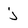
Character: j